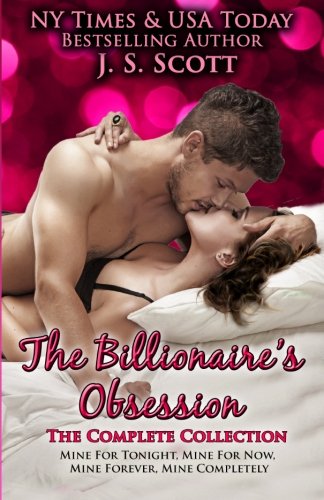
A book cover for The Billionaire's Obsession: The Complete Collection: Mine For Tonight, Mine For Now, Mine Forever, Mine Completely; J. S. Scott; Romance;